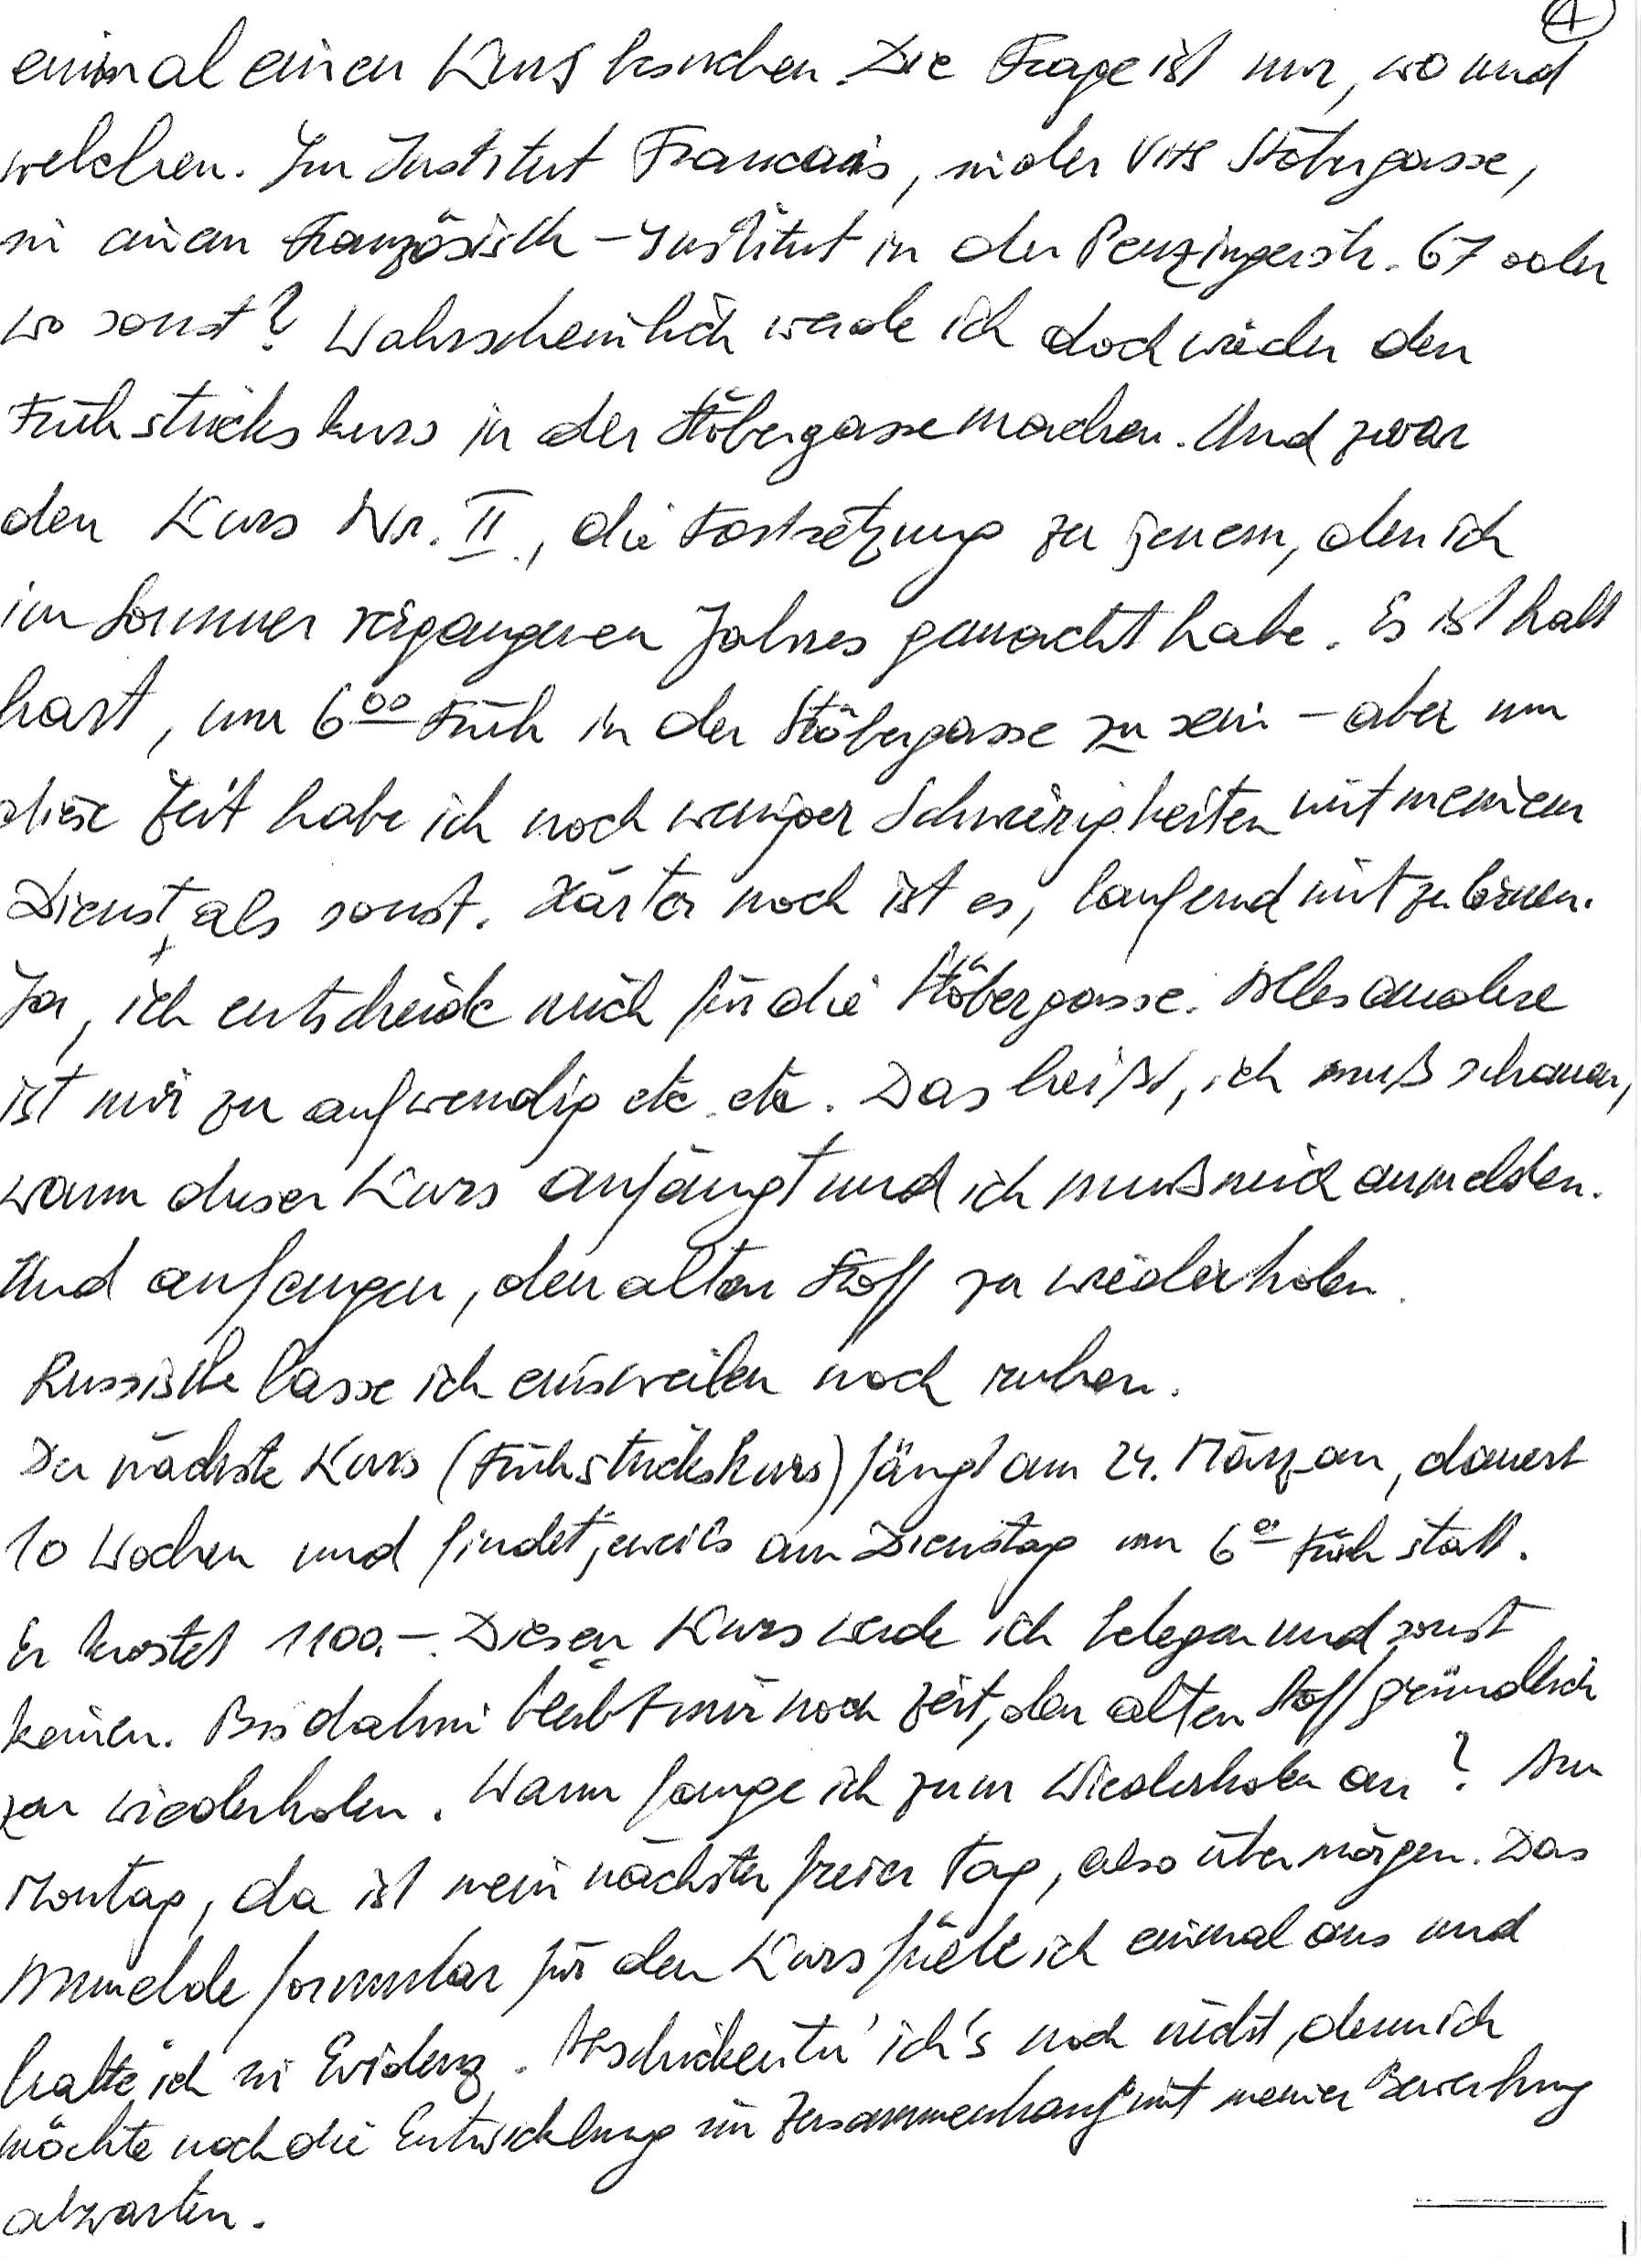
einmal einen Kurs besuchen. Die Frage ist nur, wo und
welchen. Im Institut Francais, in der VHS Stöbergasse,
in einem Französisch-Institut in der Penzingerstr. 67 oder
wo sonst? Wahrscheinlich werde ich doch wieder den
Frühstückskurs in der Stöbergasse machen. Und zwar
den Kurs Nr. II., die Fortsetzung zu jenem, den ich
im Sommer vergangenen Jahres gemacht habe. Es ist halt
hart, um 600 Früh in der Stöbergasse zu sein – aber um
diese Zeit habe ich noch weniger Schwierigkeiten mit meinem
Dienst als sonst. Härter noch ist es, laufend mitzulernen.
Ja, ich entscheide mich für die Stöbergasse. Alles andere
ist mir zu aufwendig etc. etc. Das heißt, ich muß schauen,
wann dieser Kurs anfängt und ich muß mich anmelden.
Und anfangen, den alten Stoff zu wiederholen.
Russisch lasse ich einstweilen noch ruhen.
Der nächste Kurs (Frühstückskurs) fängt am 24. März an, dauert
10 Wochen und findet jeweils am Dienstag um 600 Früh statt.
Er kostet 1100.-. Diesen Kurs werde ich belegen und sonst
keinen. Bis dahin bleibt mir noch Zeit, den alten Stoff gründlich
zu wiederholen. Wann fange ich zum Wiederholen an? Am
Montag, da ist mein nächster freier Tag, also übermorgen. Das
Anmeldeformular für den Kurs fülle ich einmal aus und
halte ich in Evidenz. Abschicken tu‘ ich’s noch nicht, denn ich
möchte noch die Entwicklung im Zusammenhang mit meiner Bewerbung
abwarten.